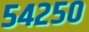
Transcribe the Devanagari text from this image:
५४२५०